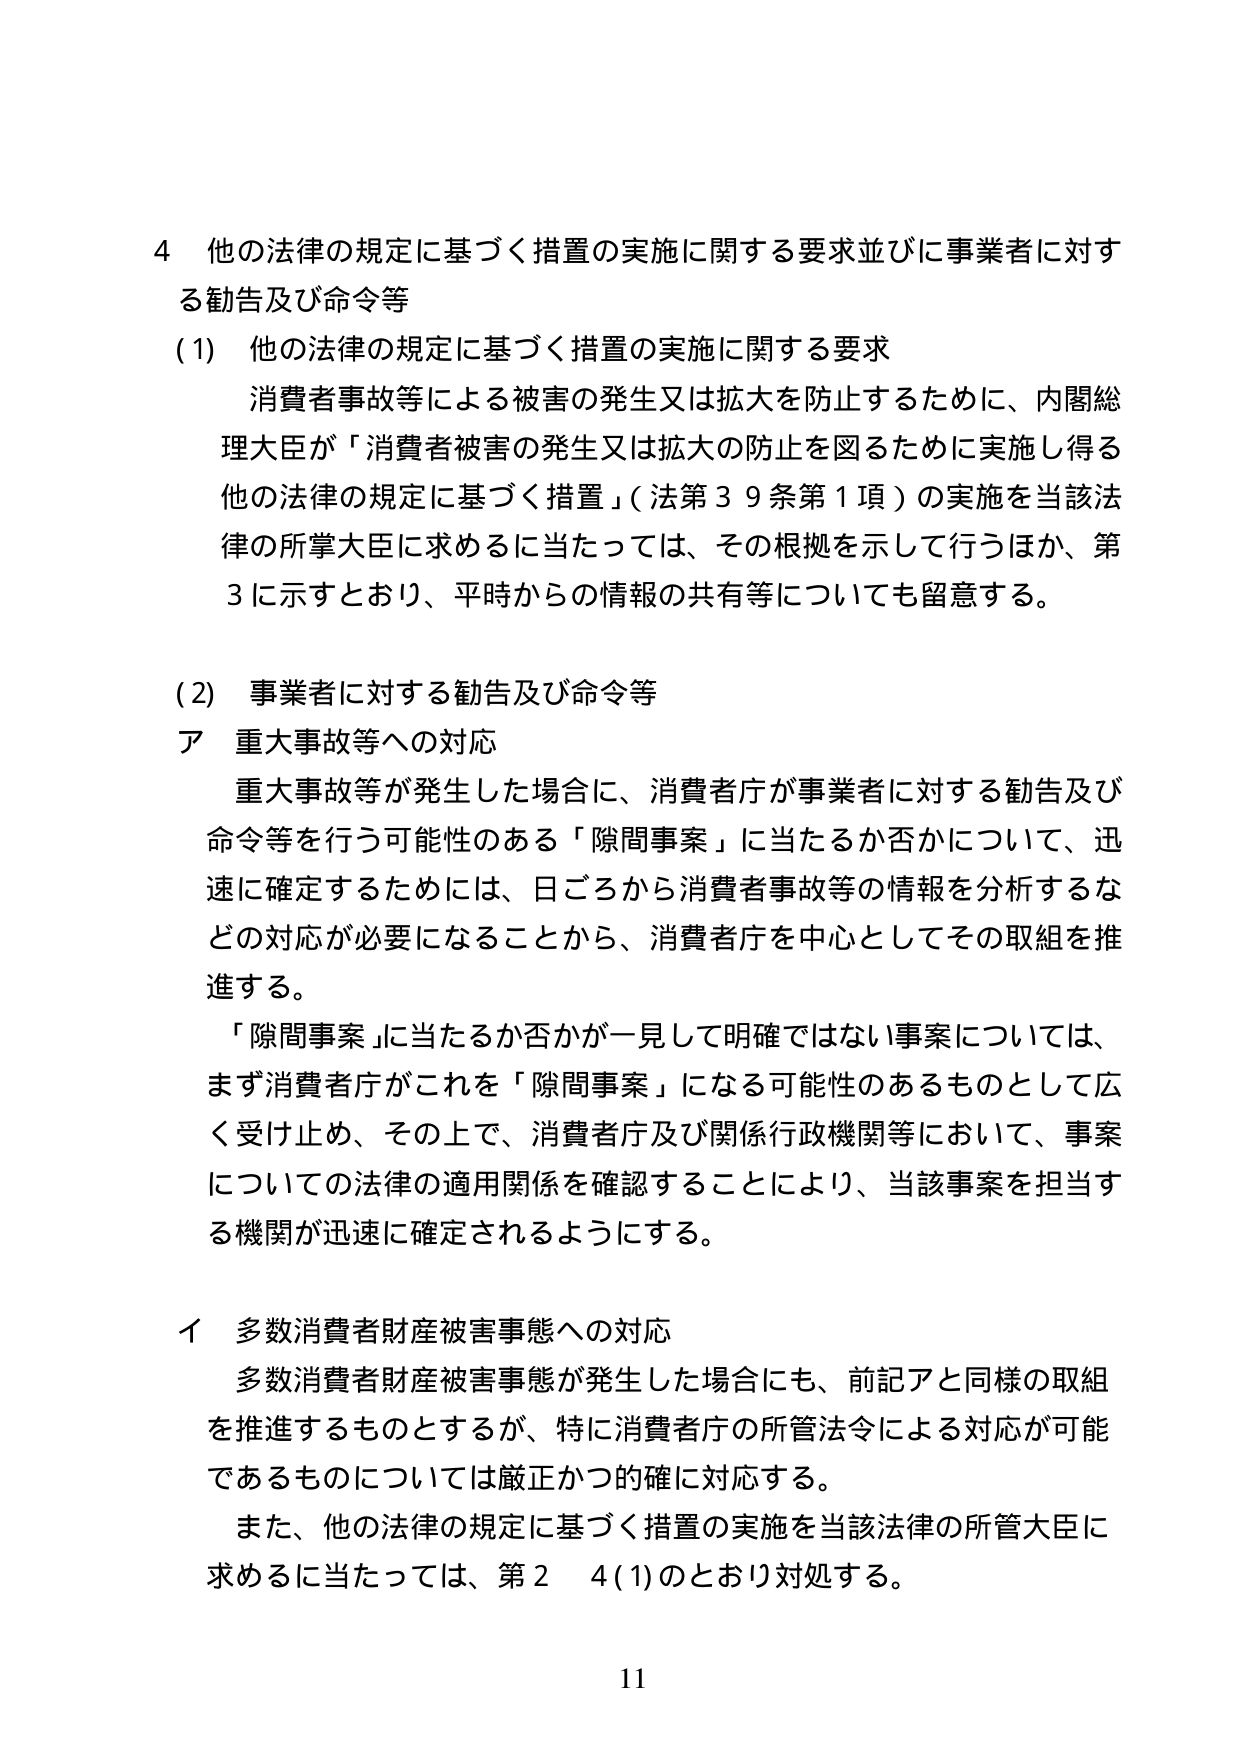
4 他の法律の規定に基づく措置の実施に関する要求並びに事業者に対する勧告及び命令等

(1) 他の法律の規定に基づく措置の実施に関する要求
消費者事故等による被害の発生又は拡大を防止するために、内閣総理大臣が「消費者被害の発生又は拡大の防止を図るために実施し得る他の法律の規定に基づく措置」（法第39条第1項）の実施を当該法律の所掌大臣に求めるに当たっては、その根拠を示して行うほか、第3に示すとおり、平時からの情報の共有等についても留意する。

(2) 事業者に対する勧告及び命令等
ア 重大事故等への対応
重大事故等が発生した場合に、消費者庁が事業者に対する勧告及び命令等を行う可能性のある「隙間事案」に当たるか否かについて、迅速に確定するためには、日ごろから消費者事故等の情報を分析するなどの対応が必要になることから、消費者庁を中心としてその取組を推進する。
「隙間事案」に当たるか否かが一見して明確ではない事案については、まず消費者庁がこれを「隙間事案」になる可能性のあるものとして広く受け止め、その上で、消費者庁及び関係行政機関等において、事案についての法律の適用関係を確認することにより、当該事案を担当する機関が迅速に確定されるようにする。

イ 多数消費者財産被害事態への対応
多数消費者財産被害事態が発生した場合にも、前記アと同様の取組を推進するものとするが、特に消費者庁の所管法令による対応が可能であるものについては厳正かつ的確に対応する。
また、他の法律の規定に基づく措置の実施を当該法律の所管大臣に求めるに当たっては、第2 4(1)のとおり対処する。

11